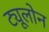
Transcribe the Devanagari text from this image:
ट्यूलोन